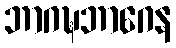
ဘာဂဍ္ဎဘာဂေန